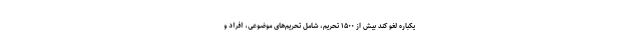
یکباره لغو کند بیش از ۱۵۰۰ تحریم، شامل تحریم‌های موضوعی، افراد و